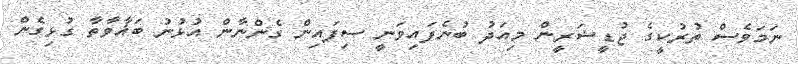
ނަމަވެސް ތުރުކީގެ ޖުޑީޝަރީން މިއަދު ބުނެފައިވަނީ ސިފައިން ގެންނާން އުޅުނު ބަޣާވާތާ ގުޅިގެން